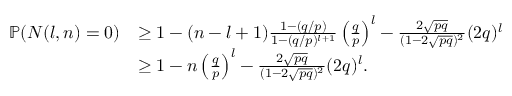
\begin{array} { r l } { \mathbb { P } ( N ( l , n ) = 0 ) } & { \geq 1 - ( n - l + 1 ) \frac { 1 - ( q / p ) } { 1 - ( q / p ) ^ { l + 1 } } \left( \frac { q } { p } \right) ^ { l } - \frac { 2 \sqrt { p q } } { ( 1 - 2 \sqrt { p q } ) ^ { 2 } } ( 2 q ) ^ { l } } \\ & { \geq 1 - n \left( \frac { q } { p } \right) ^ { l } - \frac { 2 \sqrt { p q } } { ( 1 - 2 \sqrt { p q } ) ^ { 2 } } ( 2 q ) ^ { l } . } \end{array}